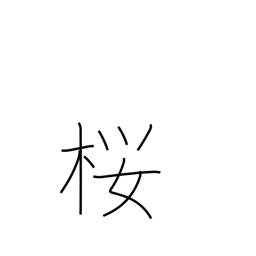
Meaning: cherry